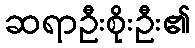
ဆရာဦးစိုးဦး၏